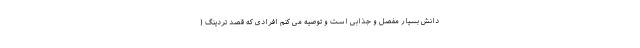
دانش بسیار مفصل و جذابی است و توصیه می کنم افرادی که قصد تردینگ (